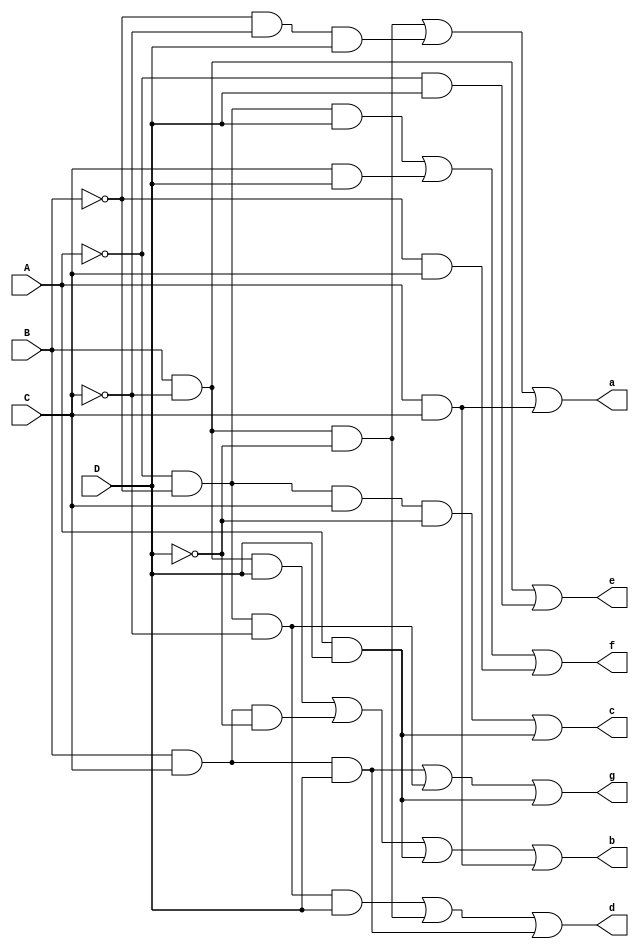
/*DECODIFICADOR DE 7 SEGMENTOS*/

module decodificador(a, b, c, d, e, f, g, A, B, C, D);
//CONVERTE UMA ENTRADA DE 4 BIT'S PARA UMA ENTRADA DE DISPLAY DE 7 SEGMENTOS;
    input A, B, C, D;
    output a,b,c,d,e,f,g; // SEGMENTOS DO DISPLAY;
   
    wire B_NOTC_NOTD, AC, AD, BCD; // FIOS AUXILIARES;
   
    assign B_NOTC_NOTD = B & (~C) & (~D);
    assign AC = A & C;
    assign AD = A & D;
    assign BCD = B & C & D;
   
    assign a = B_NOTC_NOTD | (~B) & (~C) & D | AC;   // DEFINE A;
    assign b = B & (~C) & D | B & C & (~D) | AD | AC; // DEFINE B;
    assign c = (~A) & (~B) & C & (~D) | AD; // DEFINE C;
    assign d = (~A) & (~B) & (~C) & D | B_NOTC_NOTD | BCD; // DEFINE D;
    assign e = B & (~C) | (~A) & D; // DEFINE E;
    assign f = (~A) & (~B) & D | C & D | (~B) & C;     // DEFINE F;
    assign g = BCD | (~A) & (~B) & (~C) | AD;           // DEFINE G;
   
endmodule